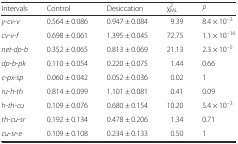
| Intervals | Control | Desiccation | χ2ML | P |
 | --- | --- | --- | --- | --- |
 | y-cv-v | 0.564 ± 0.086 | 0.947 ± 0.084 | 9.39 | 8.4 × 10–3 |
 | cv-v-f | 0.698 ± 0.061 | 1.395 ± 0.045 | 72.75 | 1.1 × 10–16 |
 | net-dp-b | 0.352 ± 0.065 | 0.813 ± 0.069 | 21.13 | 2.3 × 10–5 |
 | dp-b-pk | 0.110 ± 0.054 | 0.220 ± 0.075 | 1.44 | 0.66 |
 | c-px-sp | 0.060 ± 0.042 | 0.052 ± 0.036 | 0.02 | 1 |
 | ru-h-th | 0.814 ± 0.099 | 1.101 ± 0.081 | 0.41 | 0.09 |
 | h-th-cu | 0.109 ± 0.076 | 0.680 ± 0.154 | 10.20 | 5.4 × 10–3 |
 | th-cu-sr | 0.192 ± 0.134 | 0.478 ± 0.206 | 1.34 | 0.71 |
 | cu-sr-e | 0.109 ± 0.108 | 0.234 ± 0.133 | 0.50 | 1 |